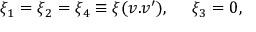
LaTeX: \xi _ { 1 } = \xi _ { 2 } = \xi _ { 4 } \equiv \xi ( v . v ^ { \prime } ) , ~ ~ ~ ~ \xi _ { 3 } = 0 ,